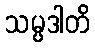
သမ္ပဒါတိ